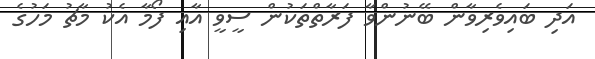
އަދި ބައިވެރިވާން ބޭނުންވާ ފަރާތްތަކުން ސީވީ އާއި ފޯމާ އެކު މާޗު މަހުގެ